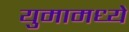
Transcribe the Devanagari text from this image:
युमामध्ये